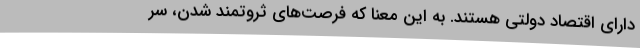
دارای اقتصاد دولتی هستند. به این معنا که فرصت‌های ثروتمند شدن، سر